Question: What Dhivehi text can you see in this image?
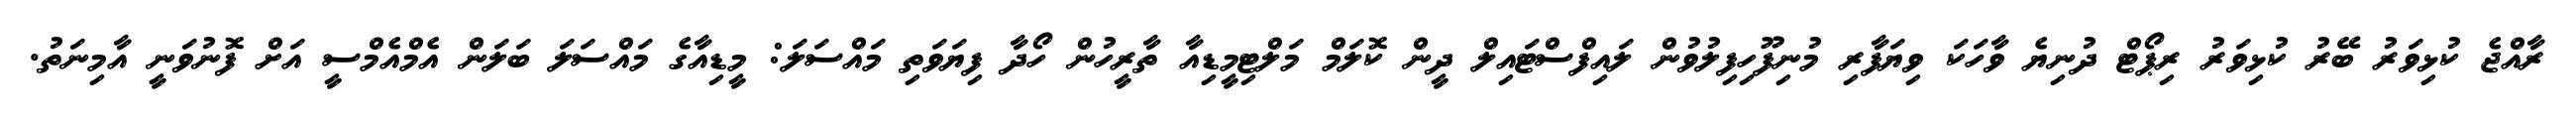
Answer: ރާއްޖެ ކުޅިވަރު ބޭރު ކުޅިވަރު ރިޕޯޓް ދުނިޔެ ވާހަކަ ވިޔަފާރި މުނިފޫހިފިލުވުން ލައިފްސްޓައިލް ދީން ކޮލަމް މަލްޓިމީޑިއާ ތާރީހުން ހޯދާ ފިޔަވަތި މައްސަލަ: މީޑިއާގެ މައްސަލަ ބަލަން އެމްއެމްސީ އަށް ފޮނުވަނީ އާމިނަތު.